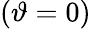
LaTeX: (\vartheta=0)